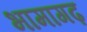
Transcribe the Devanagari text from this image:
भामागढ़